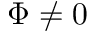
\Phi \neq 0